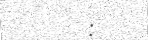
: